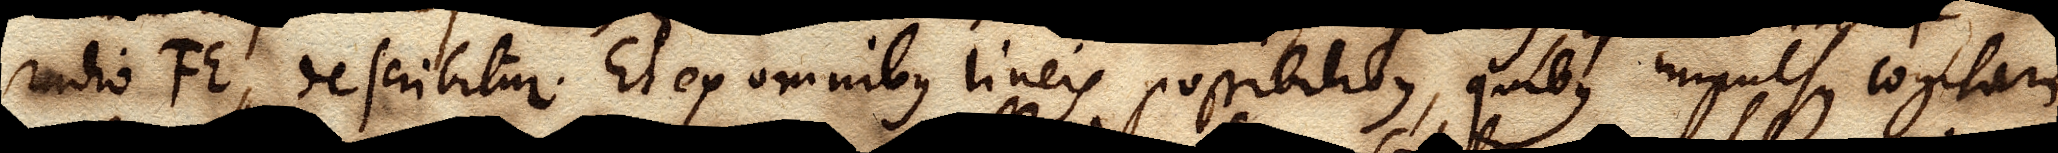
radio FE, describitur. Et ex omnibus lineis possibilibus, quibus impulsus cogitari